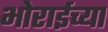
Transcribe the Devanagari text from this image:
भोराईच्या